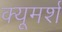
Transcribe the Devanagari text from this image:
क्यूमर्श